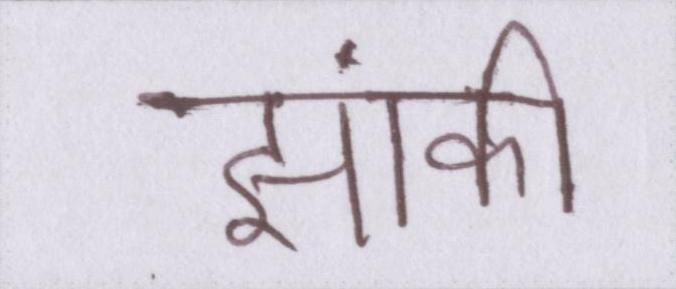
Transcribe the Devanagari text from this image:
झांकी